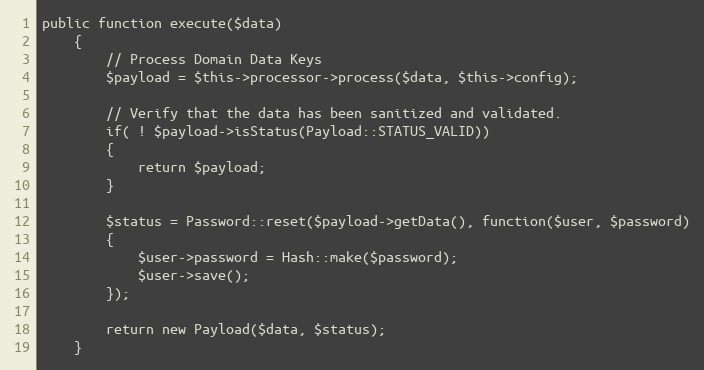
Language: PHP
public function execute($data)
	{
		// Process Domain Data Keys
		$payload = $this->processor->process($data, $this->config);

		// Verify that the data has been sanitized and validated.
		if( ! $payload->isStatus(Payload::STATUS_VALID))
		{
			return $payload;
		}

		$status = Password::reset($payload->getData(), function($user, $password)
		{
			$user->password = Hash::make($password);
			$user->save();
		});

	    return new Payload($data, $status);
	}